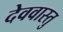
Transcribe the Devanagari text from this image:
देववास्तु